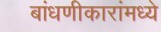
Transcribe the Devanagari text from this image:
बांधणीकारांमध्ये